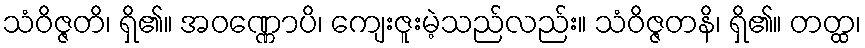
သံဝိဇ္ဇတိ၊ ရှိ၏။ အဝဏ္ဏောပိ၊ ကျေးဇူးမဲ့သည်လည်း။ သံဝိဇ္ဇတနိ၊ ရှိ၏။ တတ္ထ၊